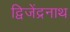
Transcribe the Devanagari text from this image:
द्विजेंद्रनाथ